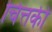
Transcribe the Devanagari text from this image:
चित्तकी